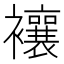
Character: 𧟄